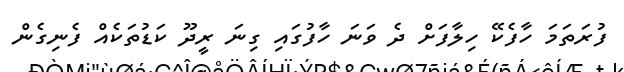
ފުރަތަމަ ހާފެކޭ ހިލާފަށް ދެ ވަނަ ހާފުގައި ގިނަ ރީދޫ ކަޑުތަކެއް ފެނިގެން